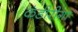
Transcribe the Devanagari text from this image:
कंडीरीगा